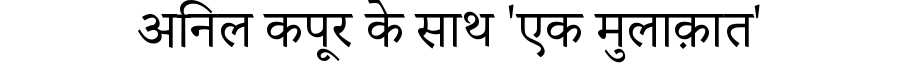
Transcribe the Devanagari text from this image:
अनिल कपूर के साथ 'एक मुलाक़ात'